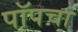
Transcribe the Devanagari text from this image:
पॉपचा